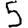
Digit: 5